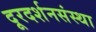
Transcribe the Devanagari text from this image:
दूरदर्शनसंस्था